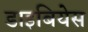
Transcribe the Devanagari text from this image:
डाइबियेस